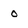
Character: o